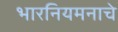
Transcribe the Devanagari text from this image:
भारनियमनाचे